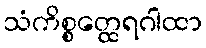
သံကိစ္စတ္ထေရဂါထာ